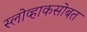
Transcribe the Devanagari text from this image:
स्लोव्हाकसोबत